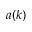
a ( k )